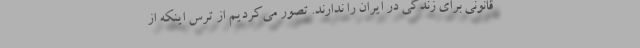
قانونی برای زندگی در ایران را ندارند. تصور می‌کردیم از ترس اینکه از